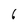
Character: 6